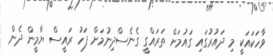
ވާހަކައަކީ މި ދައުރުގައި ގައުމަށް ތަރައްގީ ގެނެސްދިނުމަށް ފަހު ރައީސް ޔާމީން ދެން